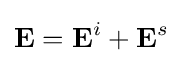
\mathbf {E} =\mathbf {E} ^{i}+\mathbf {E} ^{s}